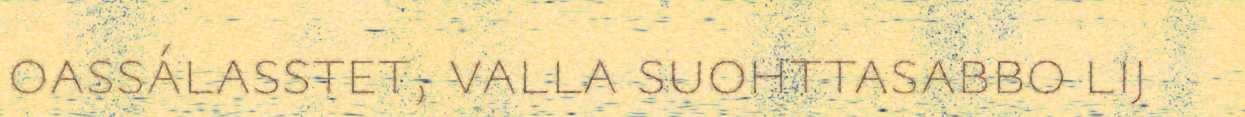
oassálasstet, valla suohttasabbo lij